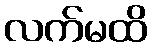
လက်မထိ